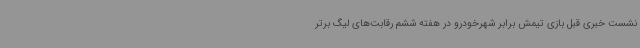
نشست خبری قبل بازی تیمش برابر شهرخودرو در هفته ششم رقابت‌های لیگ برتر